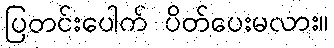
ပြတင်းပေါက် ပိတ်ပေးမလား။